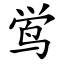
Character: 鸴